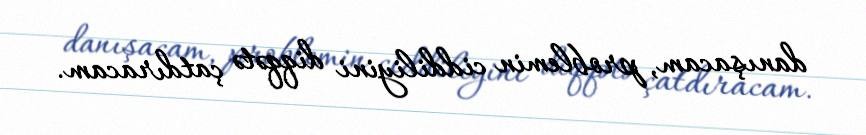
danışacam, problemin ciddiliyini diqqətə çatdıracam.